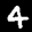
Label: 4